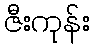
ဇီးကုန်း